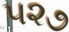
૫૨૭